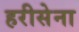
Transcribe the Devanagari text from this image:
हरीसेना